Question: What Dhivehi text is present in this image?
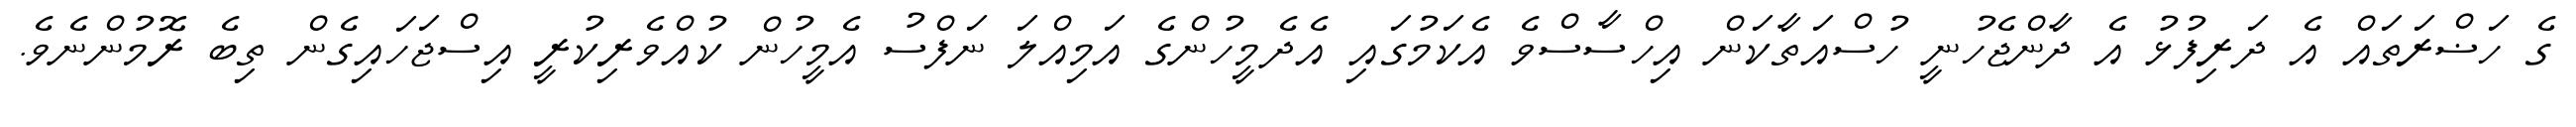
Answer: ގެ ހަޟްރަތައް އެ ދަރިފުޅު އެ ދާންޖެހުނީ ހުސްއަތާކަން އިހްސާސްވެ އެކަމުގައި އެދެމީހުންގެ އަމިއްލަ ނަފްސު އެމީހުން ކުއްވެރިކުރީ އިސްޖަހައިގެން ތިބެ ރޮމުންނެވެ.